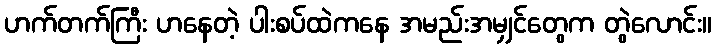
ဟက်တက်ကြီး ဟနေတဲ့ ပါးစပ်ထဲကနေ အမည်းအမျှင်တွေက တွဲလောင်း။